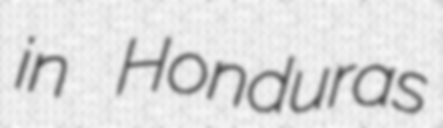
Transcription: in Honduras